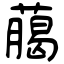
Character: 﨟